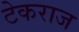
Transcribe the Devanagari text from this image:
टेकराज